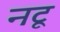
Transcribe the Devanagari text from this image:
नटू